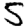
Digit: 5